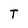
Character: T